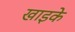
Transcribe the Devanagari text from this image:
खाइके